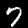
Digit: 7